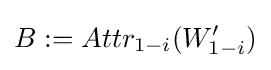
B:=Attr_{1-i}(W_{1-i}')